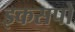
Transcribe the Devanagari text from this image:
इकसपो